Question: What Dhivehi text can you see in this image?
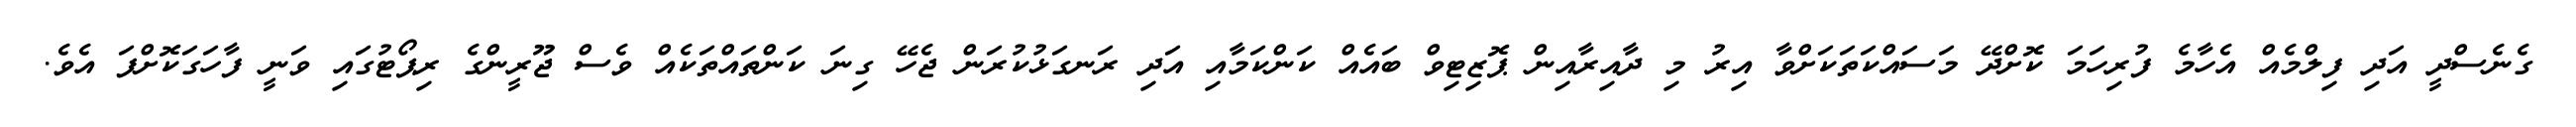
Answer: ގެނެސްދީ އަދި ފިލްމެއް އެހާމެ ފުރިހަމަ ކޮށްދޭ މަސައްކަތަކަށްވާ އިރު މި ދާއިރާއިން ޕޮޒިޓިވް ބައެއް ކަންކަމާއި އަދި ރަނގަޅުކުރަން ޖެހޭ ގިނަ ކަންތައްތަކެއް ވެސް ޖޫރީންގެ ރިޕޯޓުގައި ވަނީ ފާހަގަކޮށްފަ އެވެ.